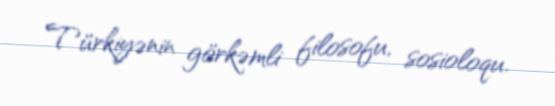
Türkiyənin görkəmli filosofu, sosioloqu.